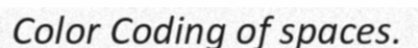
Color Coding of spaces.